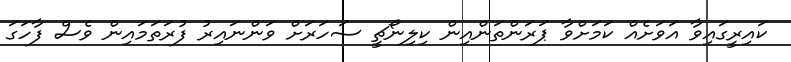
ކައިރީގައިވާ އަވަށެއްް ކަމަށްވާ ޕަރަންތަންއިން ކިލިނޯޗީ ސަހަރަށް ވަންނައިރު ފުރަތަމައިން ވެސް ފާހަގަ